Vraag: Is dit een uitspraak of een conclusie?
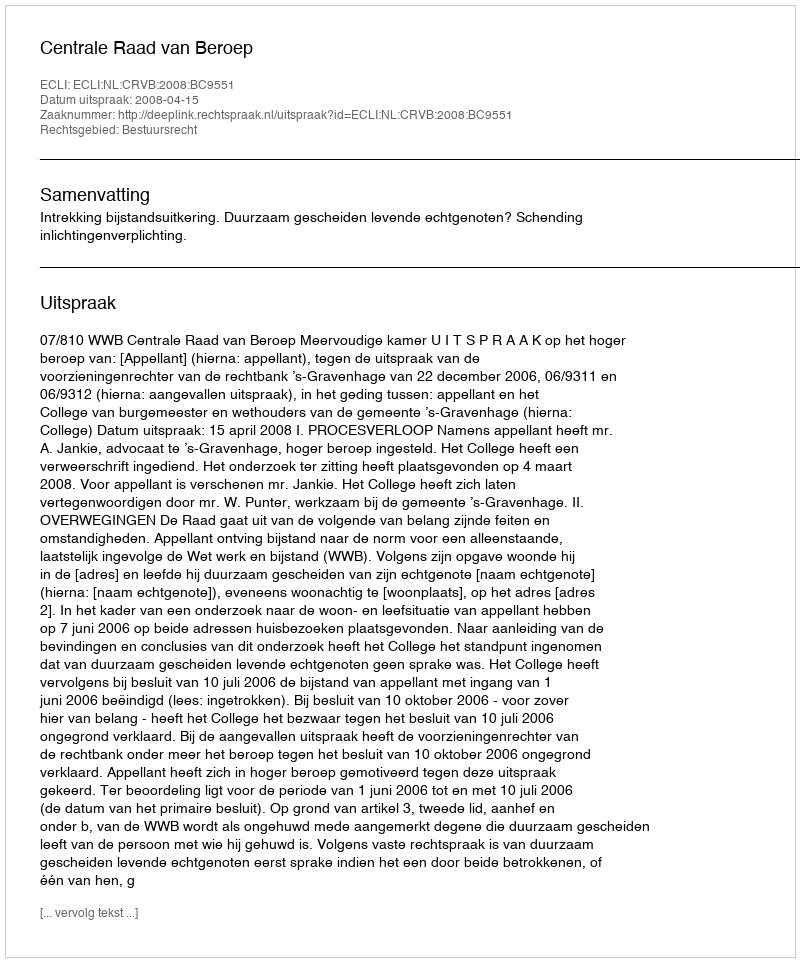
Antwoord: Uitspraak